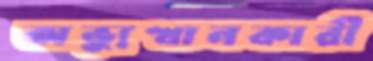
অভ্যুত্থানকারী